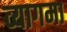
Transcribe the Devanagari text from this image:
व्यागमा